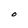
Character: M